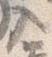
入